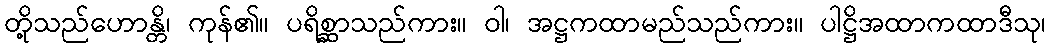
တို့သည်ဟောန္တိ၊ ကုန်၏။ ပရိစ္ဆာသည်ကား။ ဝါ၊ အဋ္ဌကထာမည်သည်ကား။ ပါဋ္ဌိအထာကထာဒီသု၊